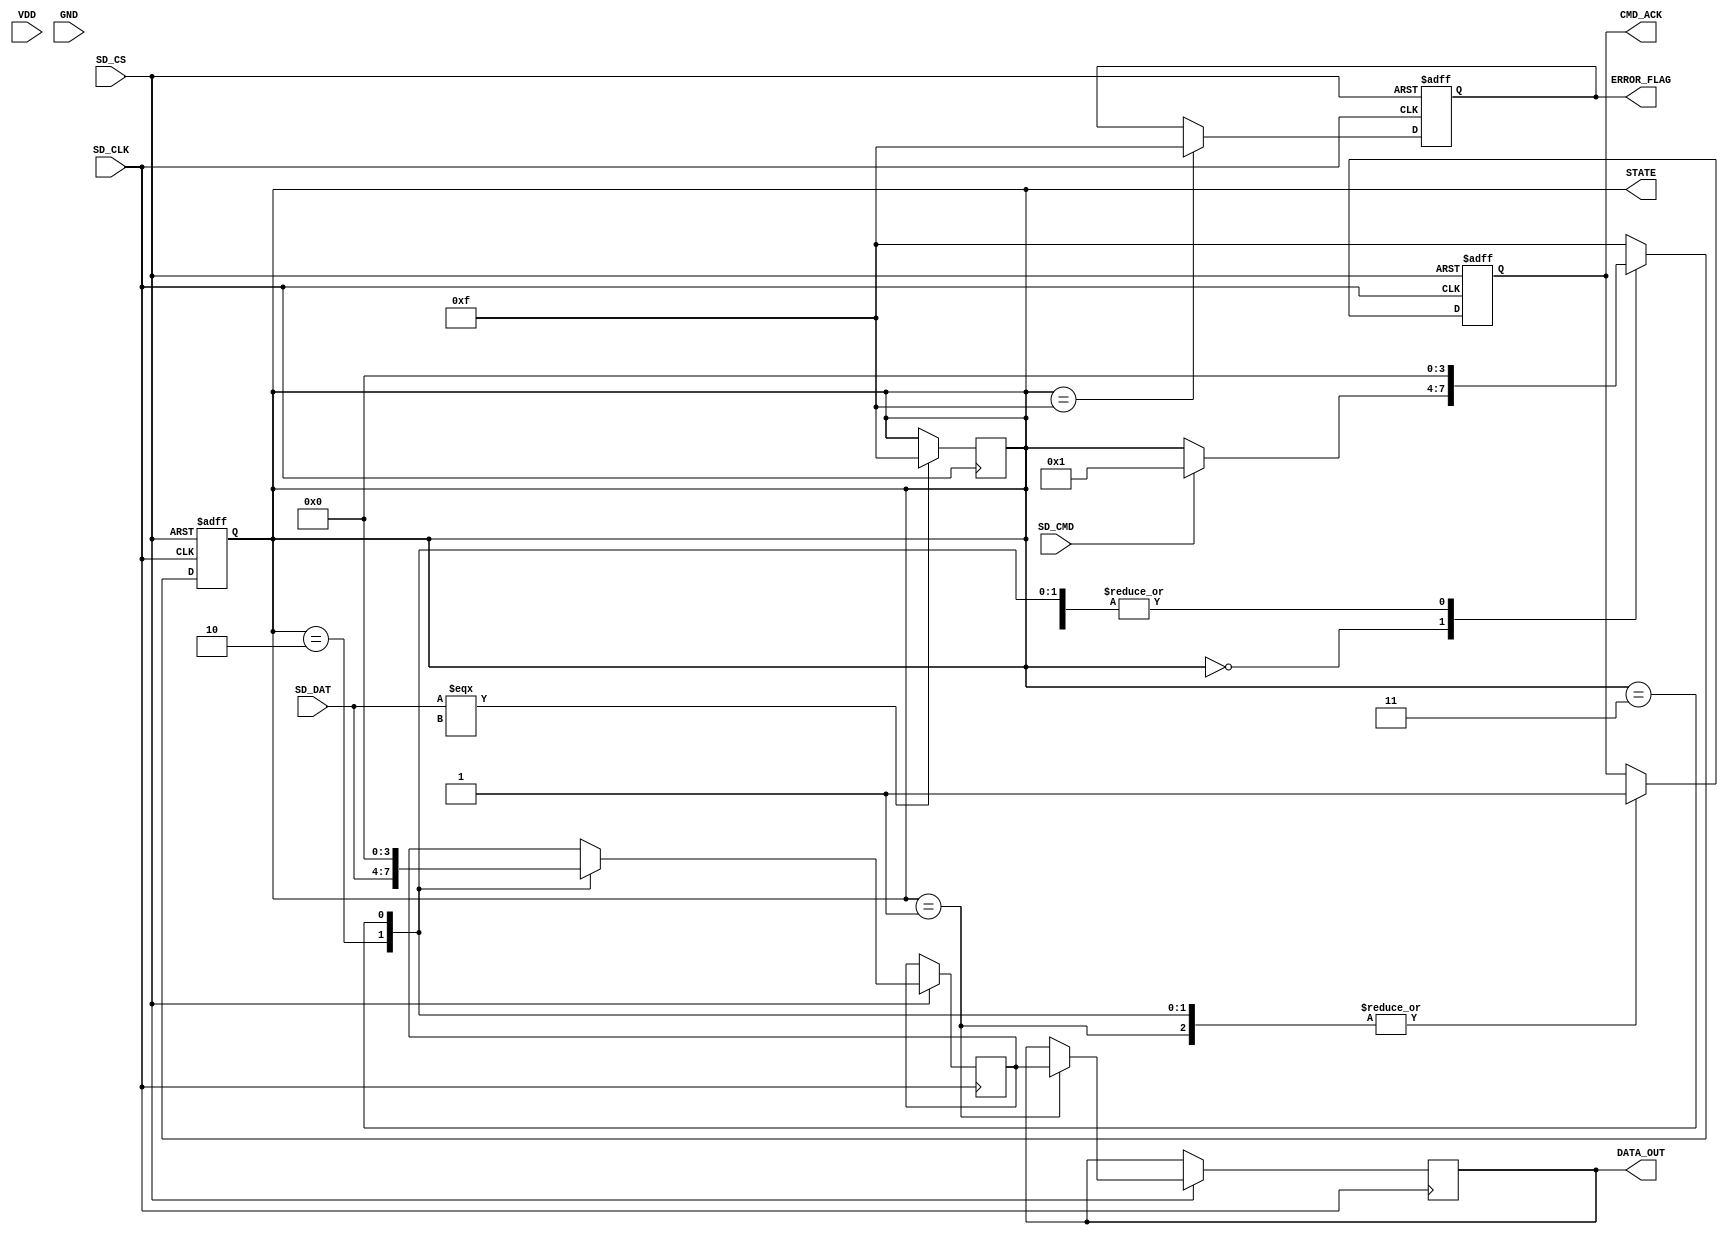
module sd_card_io_block (
    input wire VDD,              // Power supply
    input wire GND,              // Ground reference
    input wire [3:0] SD_DAT,     // Data lines (4-bit)
    input wire SD_CMD,           // Command line
    input wire SD_CLK,           // Clock signal
    input wire SD_CS,            // Chip Select (active-low)
    output reg [3:0] DATA_OUT,   // Data output
    output reg CMD_ACK,          // Command Acknowledge
    output reg [3:0] ERROR_FLAG, // Error flags
    output reg [3:0] STATE       // Current state of the state machine
);

    // State encoding
    localparam IDLE      = 4'b0000;
    localparam READ      = 4'b0001;
    localparam WRITE     = 4'b0010;
    localparam ERASE     = 4'b0011;
    localparam ERROR     = 4'b1111;

    reg [3:0] data_buffer; // Data buffer
    reg [3:0] command;     // Command register

    // State machine
    always @(posedge SD_CLK or negedge SD_CS) begin
        if (!SD_CS) begin
            // Chip selected, reset state
            STATE <= IDLE;
            CMD_ACK <= 0;
            ERROR_FLAG <= 0;
        end
        else begin
            case (STATE)
                IDLE: begin
                    // Wait for a command
                    if (SD_CMD) begin
                        command <= SD_DAT; // Capture command
                        STATE <= READ;     // Transition to READ for example
                    end
                end
                READ: begin
                    // Simulate data read operation
                    DATA_OUT <= data_buffer; // Output data
                    CMD_ACK <= 1;            // Acknowledge command
                    STATE <= IDLE;           // Return to idle
                end
                WRITE: begin
                    // Simulate data write operation
                    data_buffer <= SD_DAT;   // Store incoming data
                    CMD_ACK <= 1;            // Acknowledge command
                    STATE <= IDLE;           // Return to idle
                end
                ERASE: begin
                    // Simulate data erase operation
                    data_buffer <= 4'b0000;  // Clear data buffer
                    CMD_ACK <= 1;            // Acknowledge command
                    STATE <= IDLE;           // Return to idle
                end
                ERROR: begin
                    ERROR_FLAG <= 4'b1111;   // Set error flag
                    STATE <= IDLE;           // Return to idle
                end
                default: STATE <= ERROR;  // Fallback to error state
            endcase
        end
    end

    // Error detection mechanism (simple example)
    always @(posedge SD_CLK) begin
        if (SD_DAT === 4'bx) begin
            STATE <= ERROR; // Transition to ERROR state on undefined data
        end
    end

endmodule